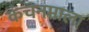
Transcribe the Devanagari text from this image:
कंचनमाला